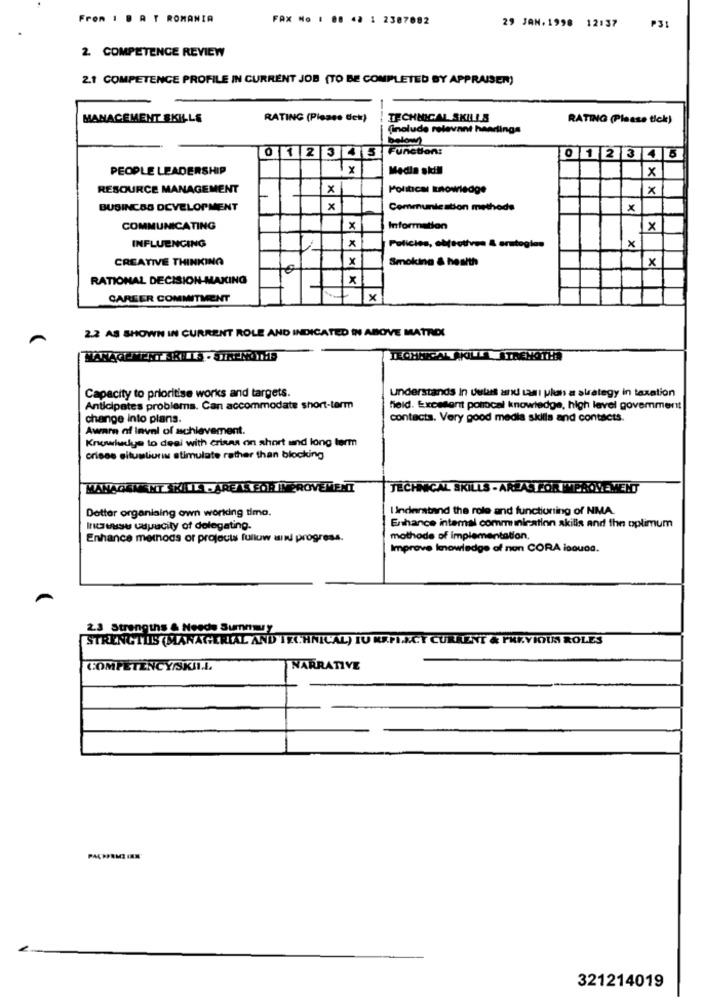
From 1 . A T ROMANIA
FAX No : 08 42 1 2387082
29 JAN.1998 12:37
P31
2. COMPETENCE REVIEW
2.1 COMPETENCE PROFILE IN CURRENT JOB (TO BE COMPLETED BY APPRAISER)
MANAGEMENT SKILLS
RATING (Please Get)
TECHNICAL SKILLS
RATING (Please tick)
(include relevant heartings
below
0123 4 5 Function:
0 12 3 4 5
PEOPLE LEADERSHIP
Y
Media skill
x
RESOURCE MANAGEMENT
x
Political knowledge
×
BUSINESS DEVELOPMENT
x
Communication methods
x
COMMUNICATING
x
Information
X
INFLUENCING
x
Policies, objectives & arstogies
CREATIVE THINKING
x
Smoking & health
x
RATIONAL DECISION-MAKING
x
CAREER COMMITMENT
+x
2.2 AS SHOWN IN CURRENT ROLE AND INDICATED IN ABOVE MATRICI
TECHNICAL AKILLA ÁTRENOTHA
Capacity to prioritise works and targets.
understands In Uulas and tas i phan a strategy in taxation
Anticipates problems. Can accommodate short-term
field. Excellent pomocal knowledge, high level goverment
change into plans.
contacts. Very good media skills and contacts.
Aware of Inval of achievement.
Knowledge to deal with crisas on short and long term
crises situations stimulate rather than blocking
MANAGEMENT KILLA PARETS FOR IMPROVEMENT
TECHNICAL SKILLS - ARLAS FOR EACHEMENT
Understand the role and functioning of NMA.
Dotter organising own working tima.
Ingensu uuuacity of delegating.
Enhance intemal communication skills and the oplimum
Enhance mernods or projects fulluw and progress.
mothode of implementation.
Improve knowledge of non CORA isouaa.
2.3 Strengths & Neede Summary
STRENGTLIS (MANAGERIAL AND TECHNICAL) IU KRPLECY CURRENT & PREVIOUS ROLES
NARRATIVE
321214019